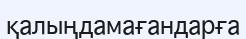
қалыңдамағандарға